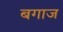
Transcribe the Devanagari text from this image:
बगाज